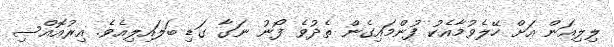
ލިލިއަން އަށް ހޭލެވުމާއެކު ފުންމައިގެން ތެދުވެ ފޯނު ނަގާ ގަޑި ބަލައިލިއެވެ. އިރުއޮއްސި